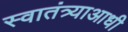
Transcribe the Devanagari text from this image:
स्वातंत्र्याआधी